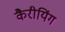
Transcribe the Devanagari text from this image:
कैरीयिंग